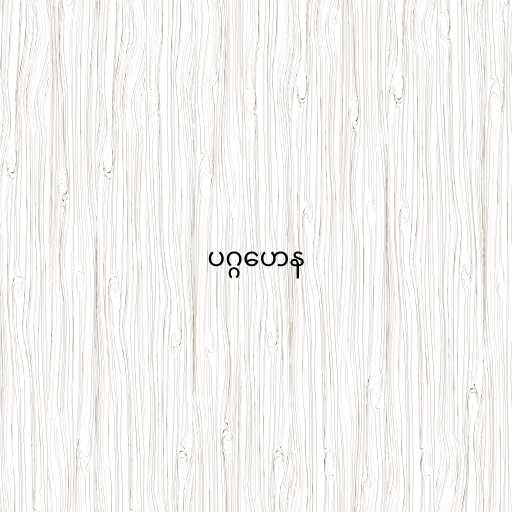
ပဂ္ဂဟေန